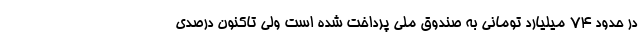
در حدود ۷۴ میلیارد تومانی به صندوق ملی پرداخت شده است ولی تاکنون درصدی